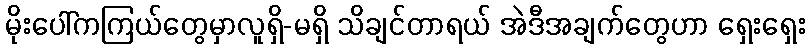
မိုးပေါ်ကကြယ်တွေမှာလူရှိ-မရှိ သိချင်တာရယ် အဲဒီအချက်တွေဟာ ရှေးရှေး